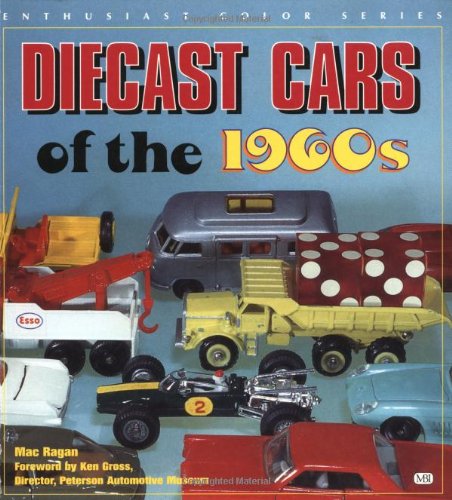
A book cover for Diecast Cars of the 1960s (Enthusiast Color Series); Mac Ragan; Crafts, Hobbies & Home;